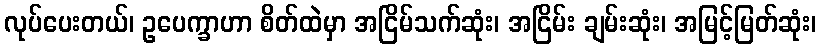
လုပ်ပေးတယ်၊ ဥပေက္ခာဟာ စိတ်ထဲမှာ အငြိမ်သက်ဆုံး၊ အငြိမ်း ချမ်းဆုံး၊ အမြင့်မြတ်ဆုံး၊